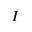
I